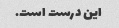
این درست است.